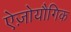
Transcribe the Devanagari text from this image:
ऐज़ोयौगिक